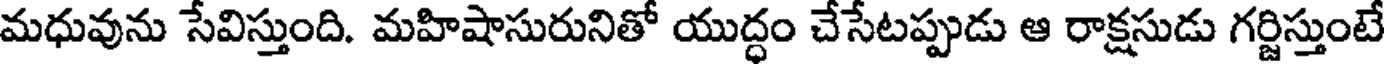
మధువును సేవిస్తుంది. మహిషాసురునితో యుద్ధం చేసేటప్పుడు ఆ రాక్షసుడు గర్జిస్తుంటే